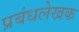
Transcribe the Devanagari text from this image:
प्रबंधलेखक